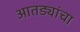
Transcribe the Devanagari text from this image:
आतड्यांचा